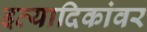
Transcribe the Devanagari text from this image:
इत्यादिकांवर